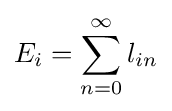
E_{i}=\sum _{n=0}^{\infty }l_{in}